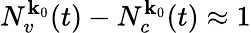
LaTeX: N_{v}^{\textbf{k}_{0}}(t)-N_{c}^{\textbf{k}_{0}}(t)\approx 1